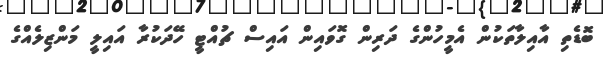
ބޮޑެތި އާއިލާތަކުން އެމީހުންގެ ދަރިން ގޮވައިން އައިސް ޗުއްޓީ ހޭދަކުރާ އައިލީ މަންޒިލެއްގެ